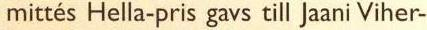
mittés Hella-pris gavs till Jaani Viher-